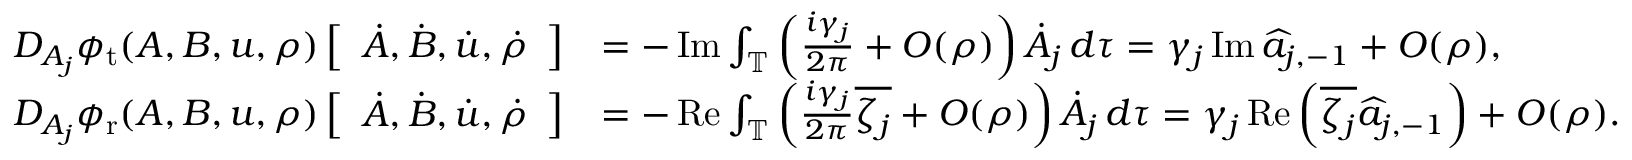
\begin{array} { r l } { D _ { A _ { j } } \phi _ { \mathrm { t } } ( A , B , u , \rho ) \left[ \begin{array} { l } { \dot { A } , \dot { B } , \dot { u } , \dot { \rho } } \end{array} \right] } & { = - \operatorname { I m } \int _ { \mathbb T } \left( \frac { i \gamma _ { j } } { 2 \pi } + O ( \rho ) \right) \dot { A } _ { j } \, d \tau = \gamma _ { j } \operatorname { I m } \widehat { a } _ { j , - 1 } + O ( \rho ) , } \\ { D _ { A _ { j } } \phi _ { \mathrm { r } } ( A , B , u , \rho ) \left[ \begin{array} { l } { \dot { A } , \dot { B } , \dot { u } , \dot { \rho } } \end{array} \right] } & { = - \operatorname { R e } \int _ { \mathbb T } \left( \frac { i \gamma _ { j } } { 2 \pi } \overline { { \zeta _ { j } } } + O ( \rho ) \right) \dot { A } _ { j } \, d \tau = \gamma _ { j } \operatorname { R e } \left( \overline { { \zeta _ { j } } } \widehat { a } _ { j , - 1 } \right) + O ( \rho ) . } \end{array}